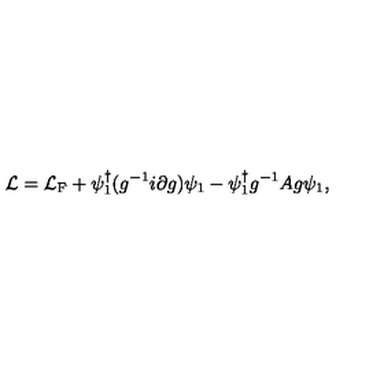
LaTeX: { \cal L } = { \cal L } _ { \mathrm { F } } + \psi _ { 1 } ^ { \dagger } ( g ^ { - 1 } i \partial g ) \psi _ { 1 } - \psi _ { 1 } ^ { \dagger } g ^ { - 1 } A g \psi _ { 1 } ,